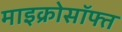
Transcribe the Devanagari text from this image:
माइक्रोसॉफ्त